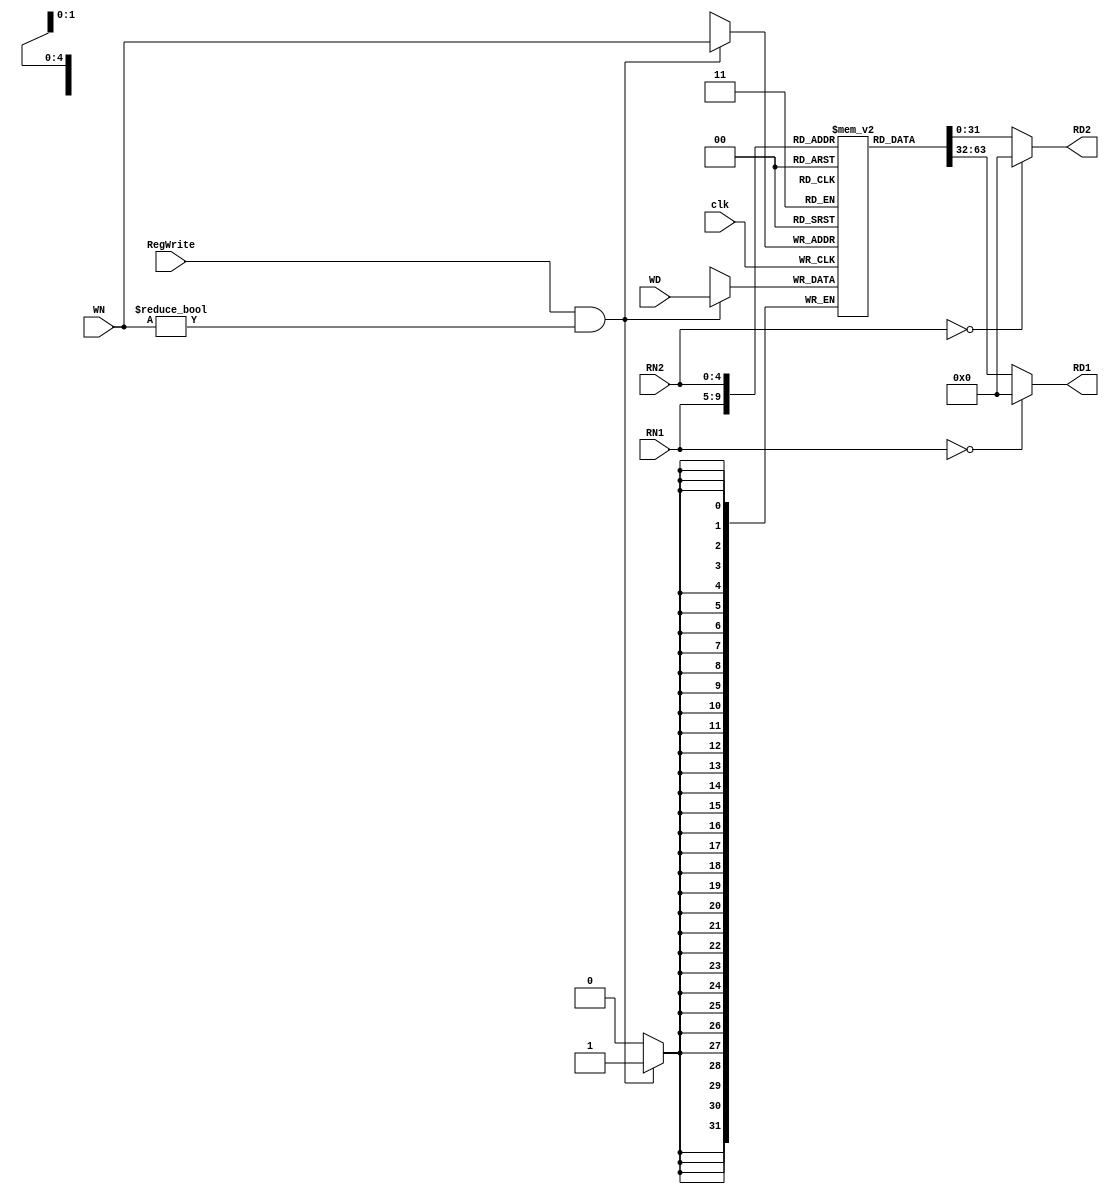
/*
	Title: Register File (32 32-bit registers)
	Editor: Selene (Computer System and Architecture Lab, ICE, CYCU)
	
	Input Port
		1. clk
		2. RegWrite: sO_igJ
		3. RN1: rsss
		4. RN2: rtss
		5. WN: gJss
		6. WD: gJs
	Output Port
		1. RD1: rss
		2. RD2: rts
		
*/
module reg_file( clk, RegWrite, RN1, RN2, WN, WD, RD1, RD2 );
	input clk;
	input RegWrite;
	input[4:0] RN1, RN2, WN;
	input[31:0] WD;
	output[31:0] RD1, RD2;

	reg[31:0] RD1, RD2;
	reg[31:0] file_array[31:1];

	always @( RN1 or file_array[RN1] ) begin   
		if ( RN1 == 0 )
			RD1 = 32'd0;
		else
			RD1 = file_array[RN1];
		$display( "%d, reg_file[%d] => %d (Port 1)", $time/10, RN1, RD1);
	end

	always @( RN2 or file_array[RN2] ) begin
		if ( RN2 == 0 )
			RD2 = 32'd0;
		else
			RD2 = file_array[RN2];
		$display( "%d, reg_file[%d] => %d (Port 2)", $time/10, RN2, RD2);
	end

	always @( posedge clk ) begin
		if ( RegWrite && (WN != 0) ) begin
			file_array[WN] <= WD;
			$display( "%d, reg_file[%d] <= %d (Write)", $time/10, WN, WD);
		end
	end
endmodule